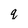
Character: q